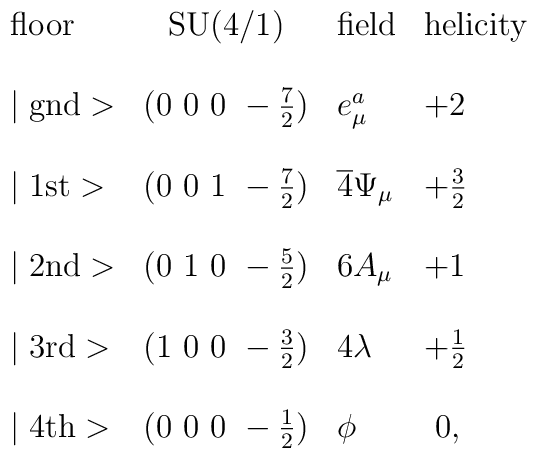
\begin{array}{lcll}\mbox{floor}     & \mbox{SU(4/1)}       & \mbox{field}& \mbox{helicity} \\\\\mid \mbox{gnd}> & (0~0~0~-\frac{7}{2}) & e_\mu^a              & +2 \\\\\mid \mbox{1st}> & (0~0~1~-\frac{7}{2}) & \overline 4 \Psi_\mu& +\frac{3}{2} \\\\\mid \mbox{2nd}> & (0~1~0~-\frac{5}{2}) & 6 A_\mu              & +1 \\\\\mid \mbox{3rd}> & (1~0~0~-\frac{3}{2}) & 4 \lambda& +\frac{1}{2} \\\\\mid \mbox{4th}> & (0~0~0~-\frac{1}{2}) & \phi                 & ~0, \\\end{array}